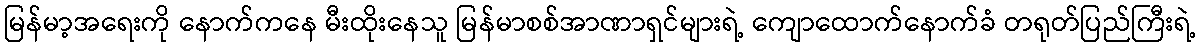
မြန်မာ့အရေးကို နောက်ကနေ မီးထိုးနေသူ မြန်မာစစ်အာဏာရှင်များရဲ့ ကျောထောက်နောက်ခံ တရုတ်ပြည်ကြီးရဲ့